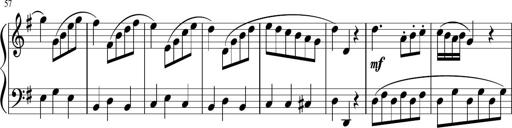
Title: 12 Keyboard Sonatinas
Composer: James Hook